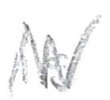
Text: is
Cross-out: zig-zag
Writing tool: pencil